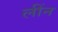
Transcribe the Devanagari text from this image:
लींन